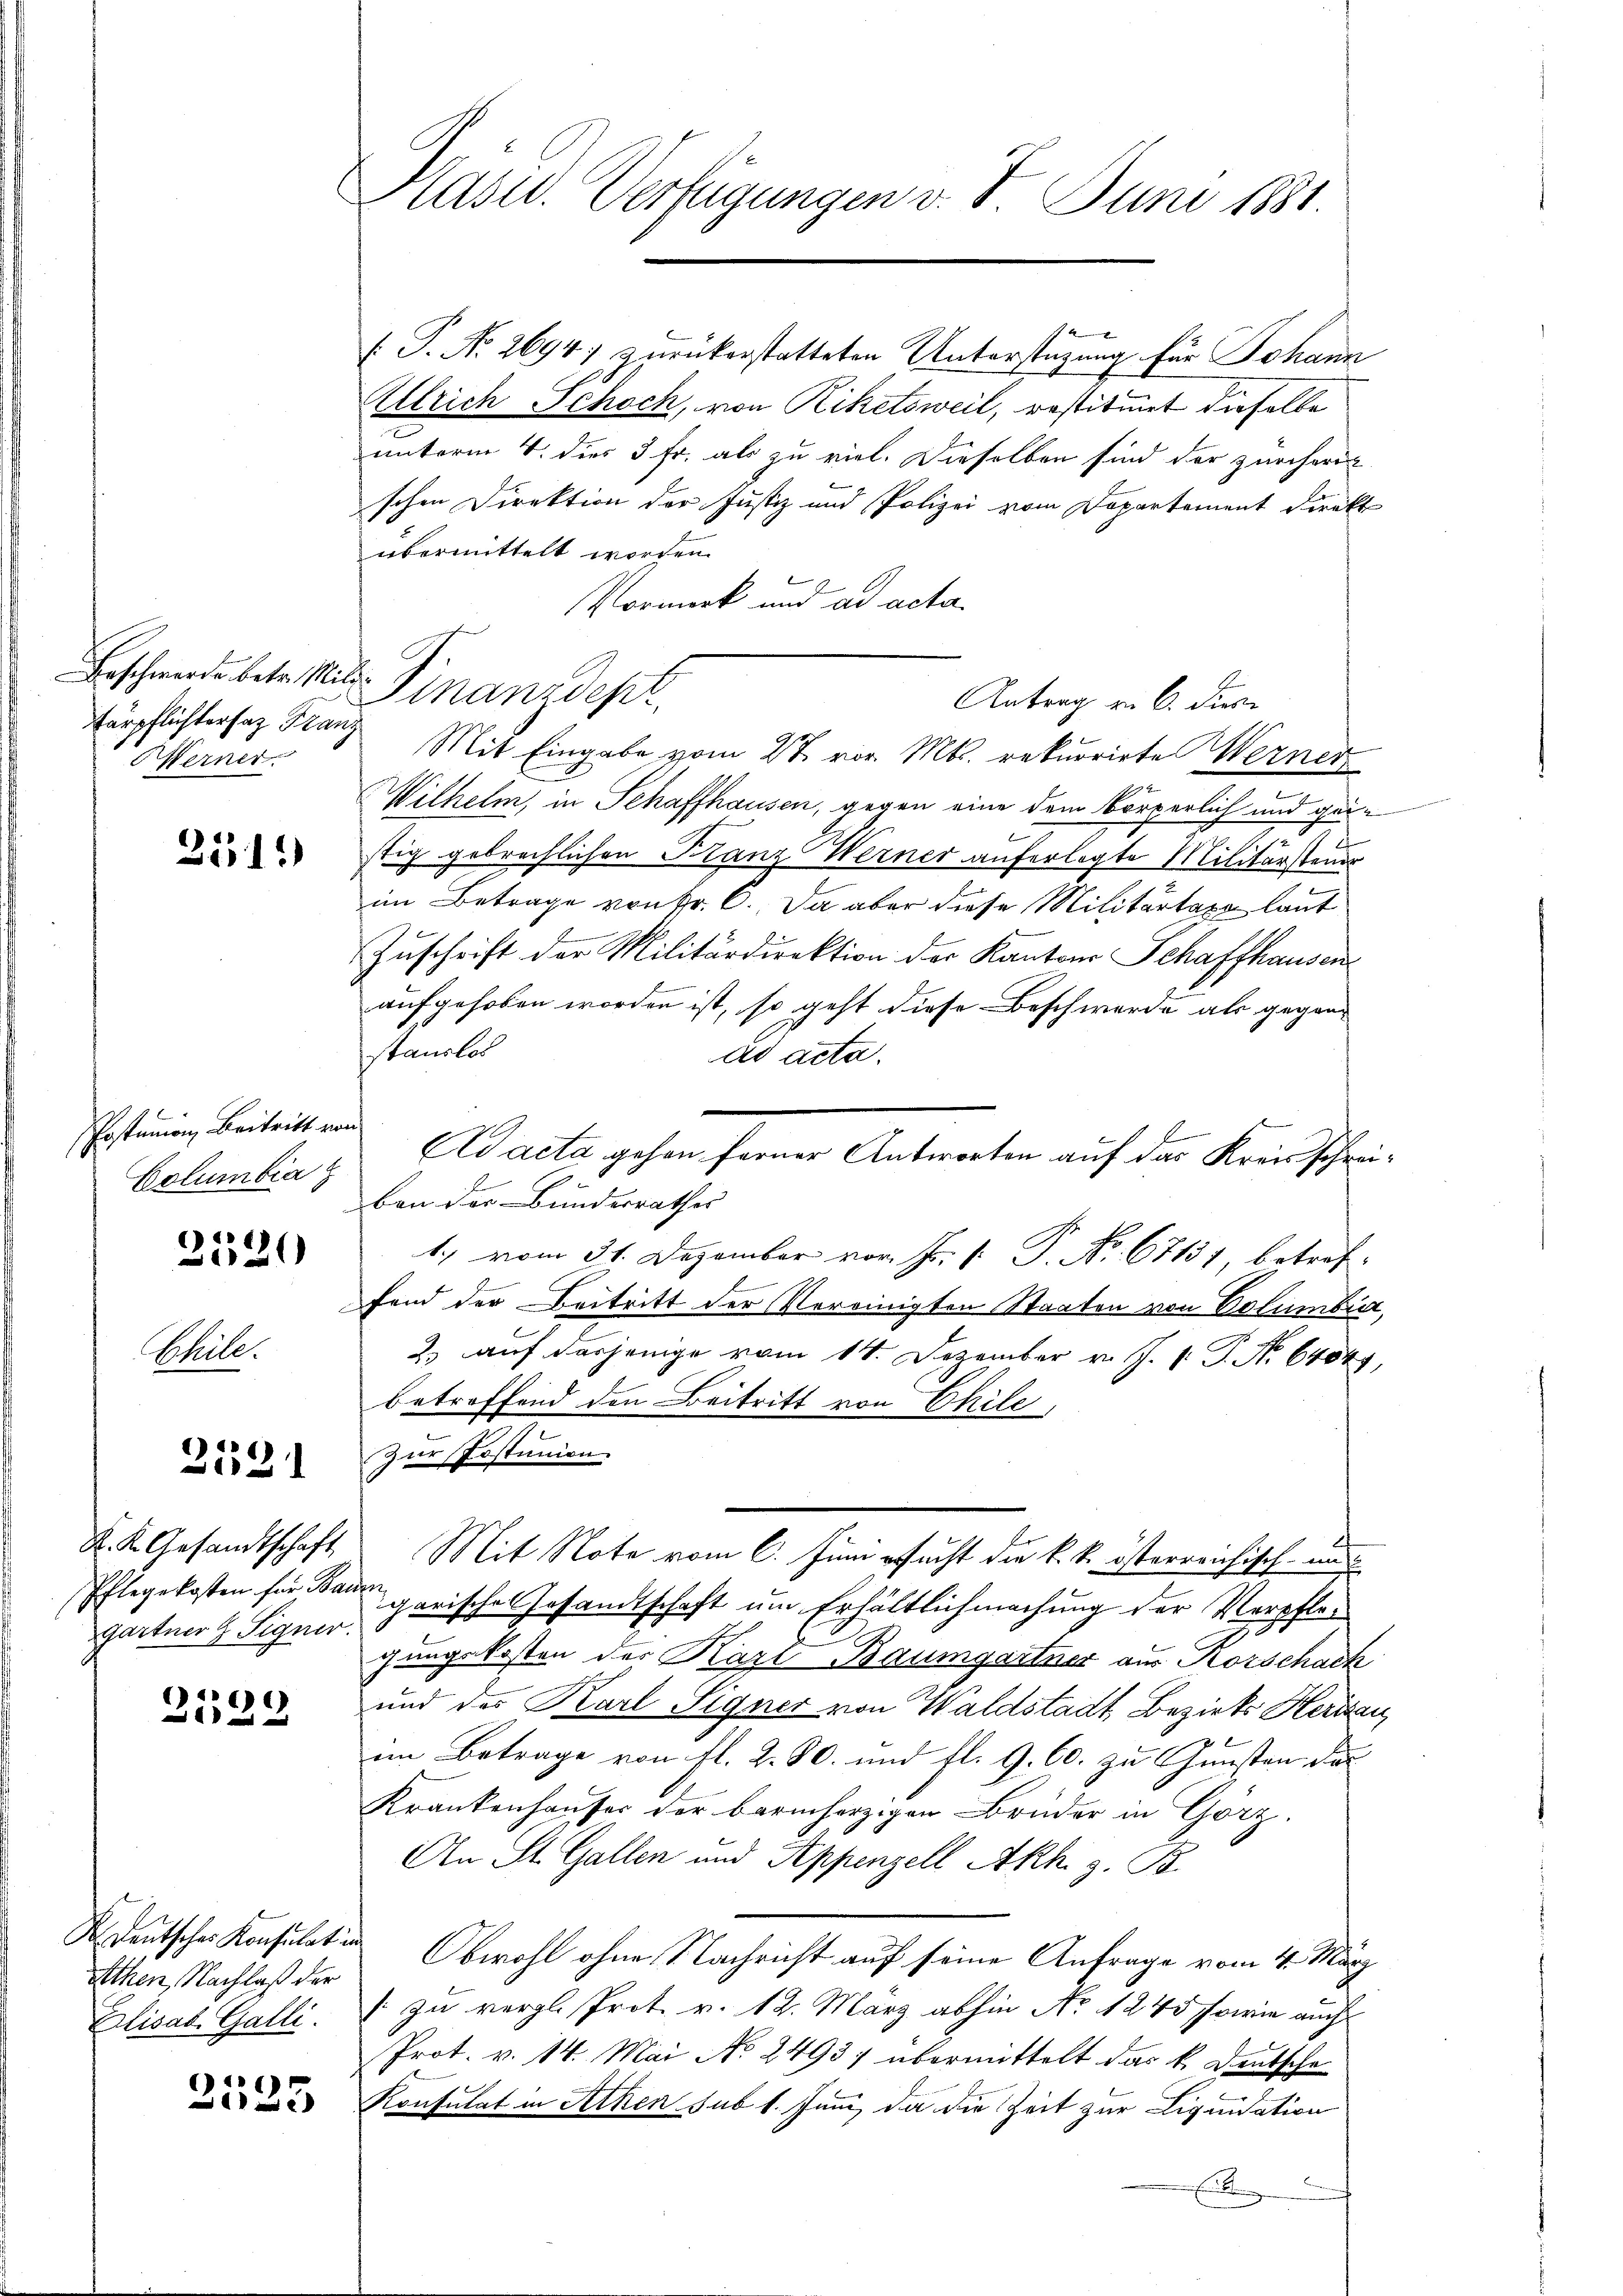
Beschwerde betr. Mili¬
Färpflichtersaz Franz
Herner

2115)

Postunion, Beitritt vo
Columbia

2520

Coele.

18
1

Pflegekosten für Bauen
gartner & Signer.

)
2122

Athen, Nachlaß der
Elisab. Galli

)

Päsid. Verfügungen v. 8. Juni 1881.

P. Nr. 2694. zurückerstatteten Unterstüzung für Johann
Ullrich Schoch, von Riketsweil, restituirt dieselbe
unterm 4. dies 3 Fr. als zu viel. Dieselben sind der zürcheris
schen Direktion der Justiz und Polizei vom Departement direkt
übermittelt worden.
Vormerk und ad acta.
Finanzdept.
Mit Eingabe vom 27. vor. Mts. rekurrirte Werner
Wilhelm, in Schaffhausen, gegen eine dem körperlich und geistig gebrechlichen Franz Werner auferlegte Militärsteuer
im Betrage von Fr. 6. Da aber diese Militärtaxa laut
.
Zuschrift der Militärdirektion der Kantons Schaffhausen
aufgehoben worden ist, so geht diese Beschwerde als gegenstauslos
ad acta.
a
Ad acta gehen ferner Antworten auf das Kreisschreiben der Bundesrathes |
1., vom 31. Dezember vor. J. P. Nr. 67131, betreffend der Beitritt der Vereinigten Staaten von Volumbia,
2) auf dasjenige vom 14. Dezember v. J. P. Nr. 6404,
betroffend den Beitritt von Chile,
Zur Postunion.
K. K. Gesandtschaft Mit Note vom 6. Juni ersucht die k. k. österreichisch un
garische Gesandtschaft um Erhältlichmachung der Verpflegungskosten der Karl Baumgartner aus Korschack
und des Karl Signer von Waldstadt, Bezirks Herren
im Betrage von fl. 2. 80. und fl. 9. 60. zu Gunsten das
Krankenhaŭser der barmherzigen Brüder in Görz.
An St. Gallen und Appenzell Akh. z. B.
S deutscher Konsulation Obwohl ohne Nachricht auf seine Anfrage vom 4. März
 zu vergl. Prot. v. 12. März abhin No 1245 sowie auch
Prot. v. 14. Mai No 2493) übermittelt das k. Deutsche
Konsulat in Athen sub 1. Juni, da die Zeit zur Liquidation
Endten

Antrag v. 6. diese